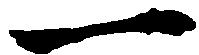
一